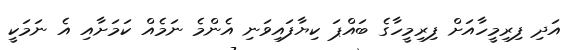
އަދި ފިރިމީހާއަށް ފިރިމީހާގެ ބައްޕަ ކިޔާފައިވަނި އެންމެ ނަމެއް ކަމަށާއި އެ ނަމަކީ